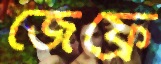
জেফ্রে